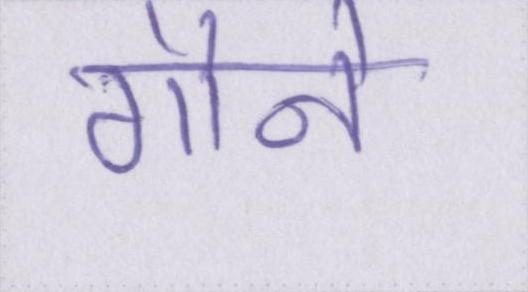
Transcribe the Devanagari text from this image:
गौने